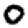
Digit: 0